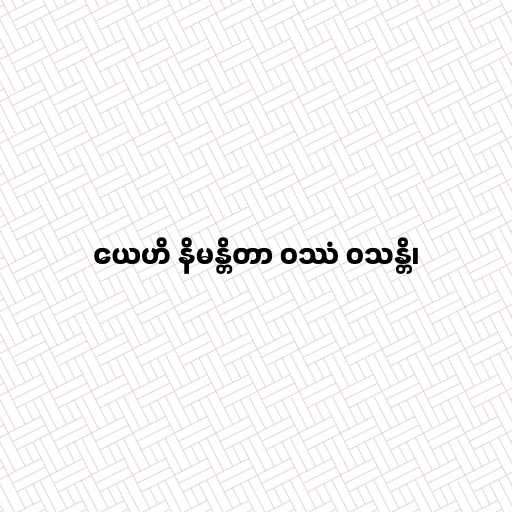
ယေဟိ နိမန္တိတာ ဝဿံ ဝသန္တိ၊